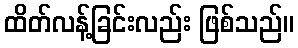
ထိတ်လန့်ခြင်းလည်း ဖြစ်သည်။